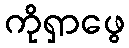
ကိုရှာဖွေ